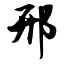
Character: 邢